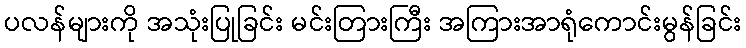
ပလန်များကို အသုံးပြုခြင်း မင်းတြားကြီး အကြားအာရုံကောင်းမွန်ခြင်း